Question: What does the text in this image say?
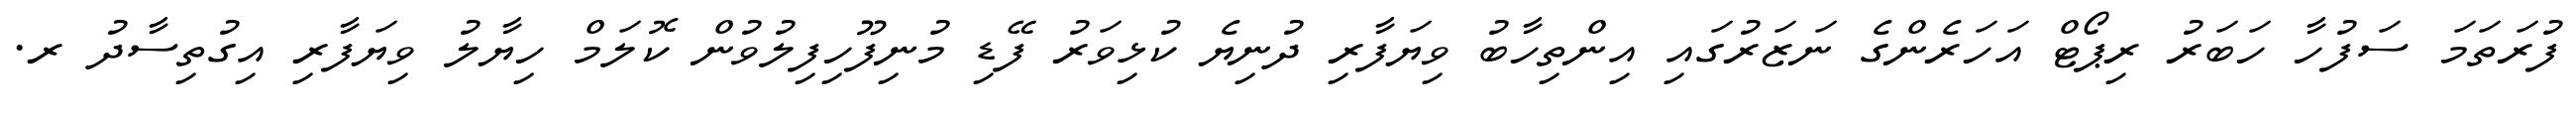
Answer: ފުރަތަމަ ސަފުހާ ހަބަރު ރިޕޯޓް އަހަރެންގެ ނަޒަރުގައި އިންތިހާބު ވިޔަފާރި ދުނިޔެ ކުޅިވަރު ފޭޑި މުނިފޫހިފިލުވުން ކޮލަމް ހިޔާލު ވިޔަފާރި އިގުތިސާދު ރ.